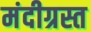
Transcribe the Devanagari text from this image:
मंदीग्रस्त